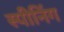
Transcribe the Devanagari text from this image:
स्पीनिंग